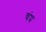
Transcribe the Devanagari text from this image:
चंप्र